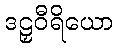
ဒဠှဝီရိယော